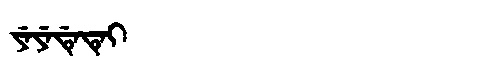
Manchu: ᠶᡝᠶᡝᡩᡝᡨᡝᡳ
Romanization: YEYEDETEI